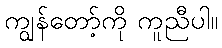
ကျွန်တော့်ကို ကူညီပါ။